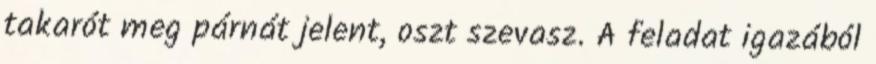
takarót meg párnát jelent, oszt szevasz. A feladat igazából